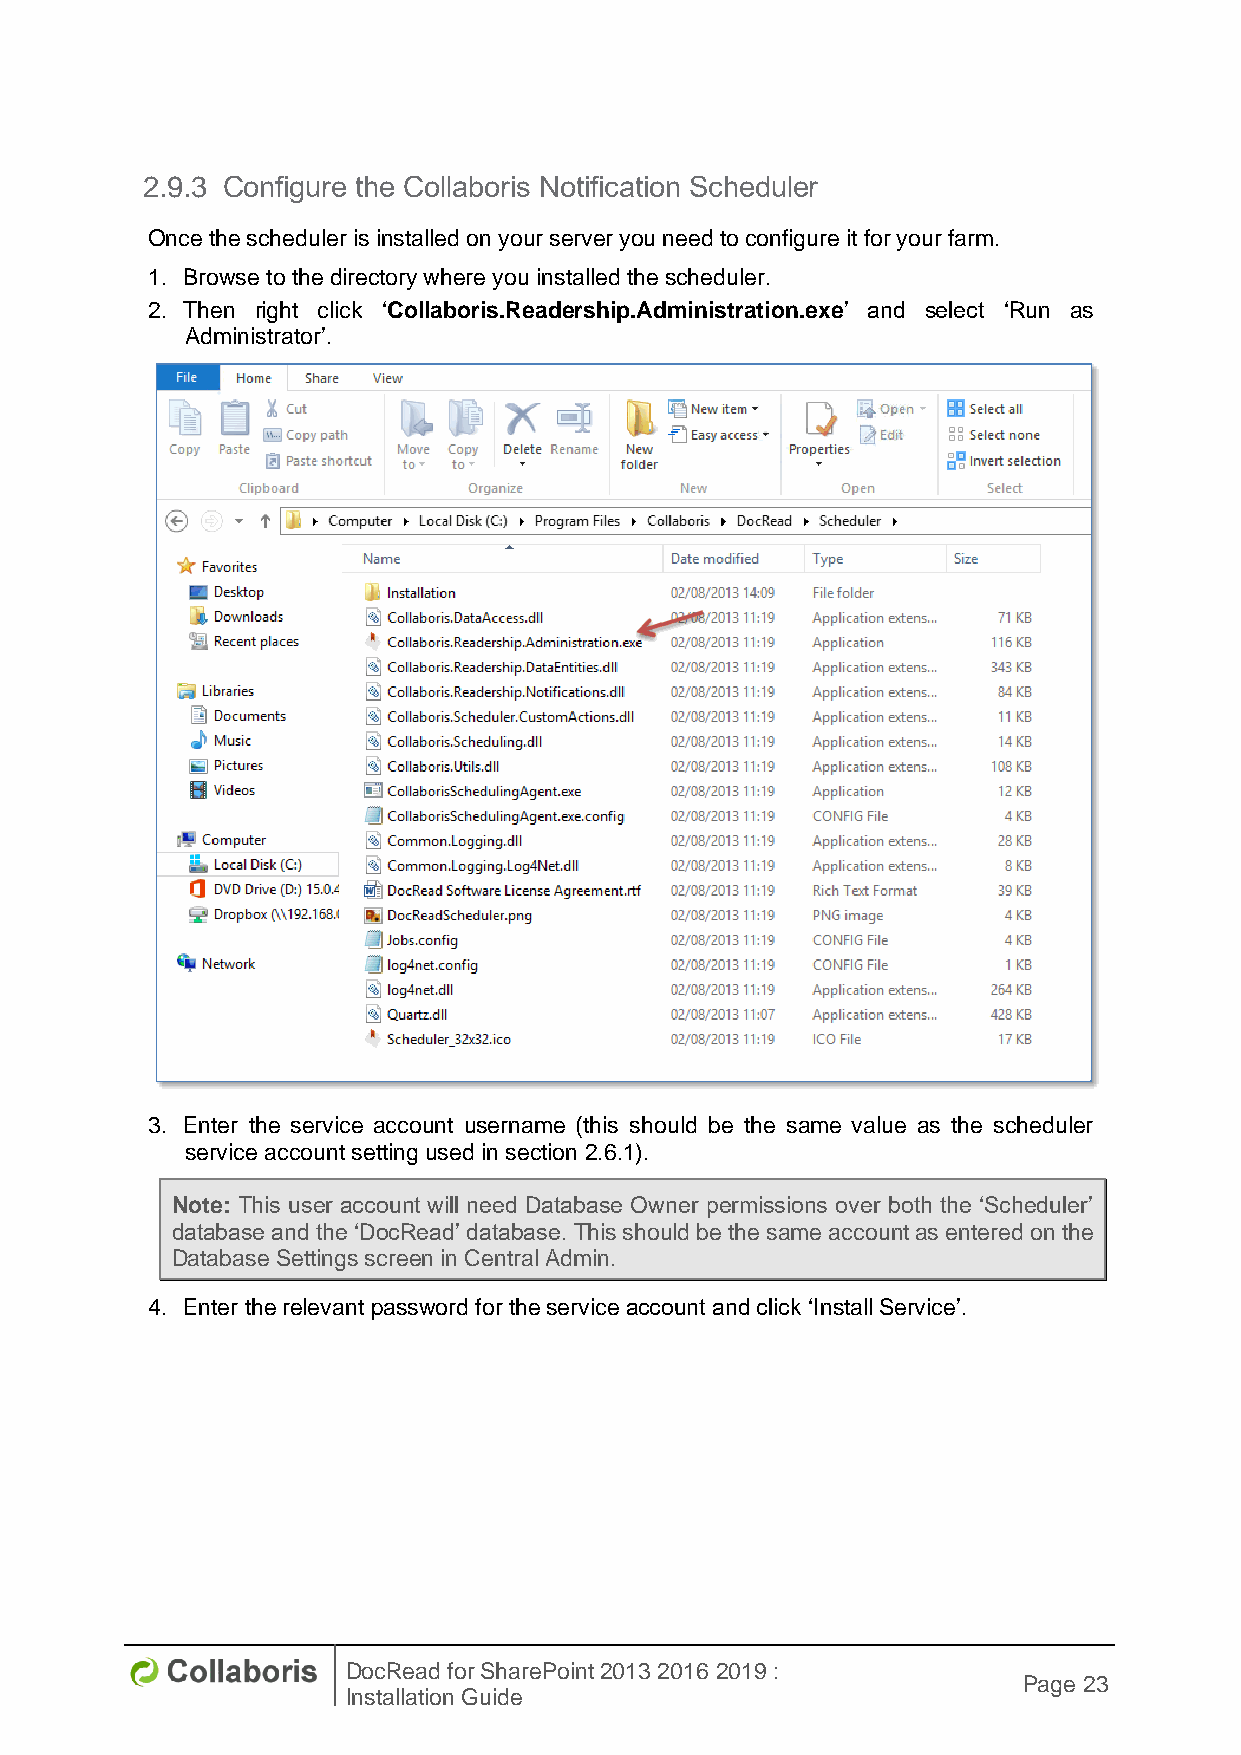
2.9.3 Configure the Collaboris Notification Scheduler
 Once the scheduler is installed on your server you need to configure it for your farm.
 1. Browse to the directory where you installed the scheduler.
 2. Then right click ‘Collaboris.Readership.Administration.exe’ and select ‘Run as
 Administrator’.
 3. Enter the service account username (this should be the same value as the scheduler
 service account setting used in section 2.6.1).
 Note: This user account will need Database Owner permissions over both the ‘Scheduler’
 database and the ‘DocRead’ database. This should be the same account as entered on the
 Database Settings screen in Central Admin.
 4. Enter the relevant password for the service account and click ‘Install Service’.
 DocRead for SharePoint 2013 2016 2019 :
 Page 23
 Installation Guide